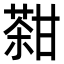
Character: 𤯊